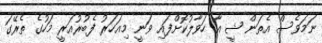
ނަމަވެސް އެތަން ޝީ އާ ހަވާލުކޮށްފައި ވަނީ މިއަހަރު ފެބުރުއަރީ މަހުގެ ތެރޭގަ